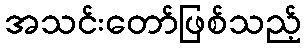
အသင်းတော်ဖြစ်သည့်